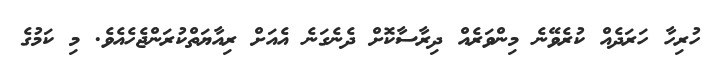
ހުރިހާ ހަރަދެއް ކުރެވޭނެ މިންވަރެއް ދިރާސާކޮށް ދެނެގަނެ އެއަށް ރިއާޔަތްކުރަންޖެހެއެވެ. މި ކަމުގެ